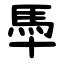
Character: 䭴